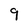
Character: 9